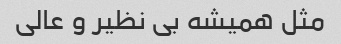
مثل همیشه بی نظیر و عالی